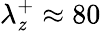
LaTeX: \lambda_{\mathit{z}}^{+}\approx80